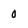
Character: 0